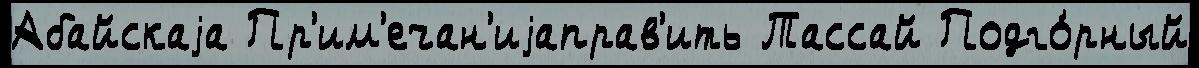
Абайскаjа Пр'им'ечан'иjаправ'ить Тассай Подго́рный